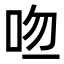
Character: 𠱎